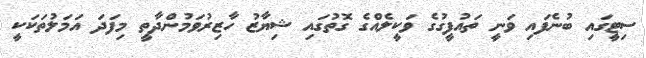
ސިޓީގައި ބުނެފައި ވަނީ ތައުފީގުގެ ވަކީލެއްގެ ގޮތުގައި ޝިޔާޒު ހާޒިރުވަމުންދާތީ މިފަދަ އަމަލުތަކަކީ